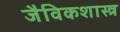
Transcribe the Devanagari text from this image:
जैविकशास्त्र